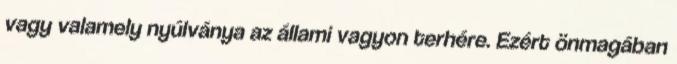
vagy valamely nyúlványa az állami vagyon terhére. Ezért önmagában